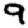
Digit: 9